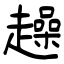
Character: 趮